Bréfritari: Stefanía Siggeirsdóttir
Viðtakandi: Páll Pálsson
Dagsetning: A-1866-09-24
Skrifað á: Hraungerði  Árn.
Stefanía var bróðurdóttir Páls Pálssonar

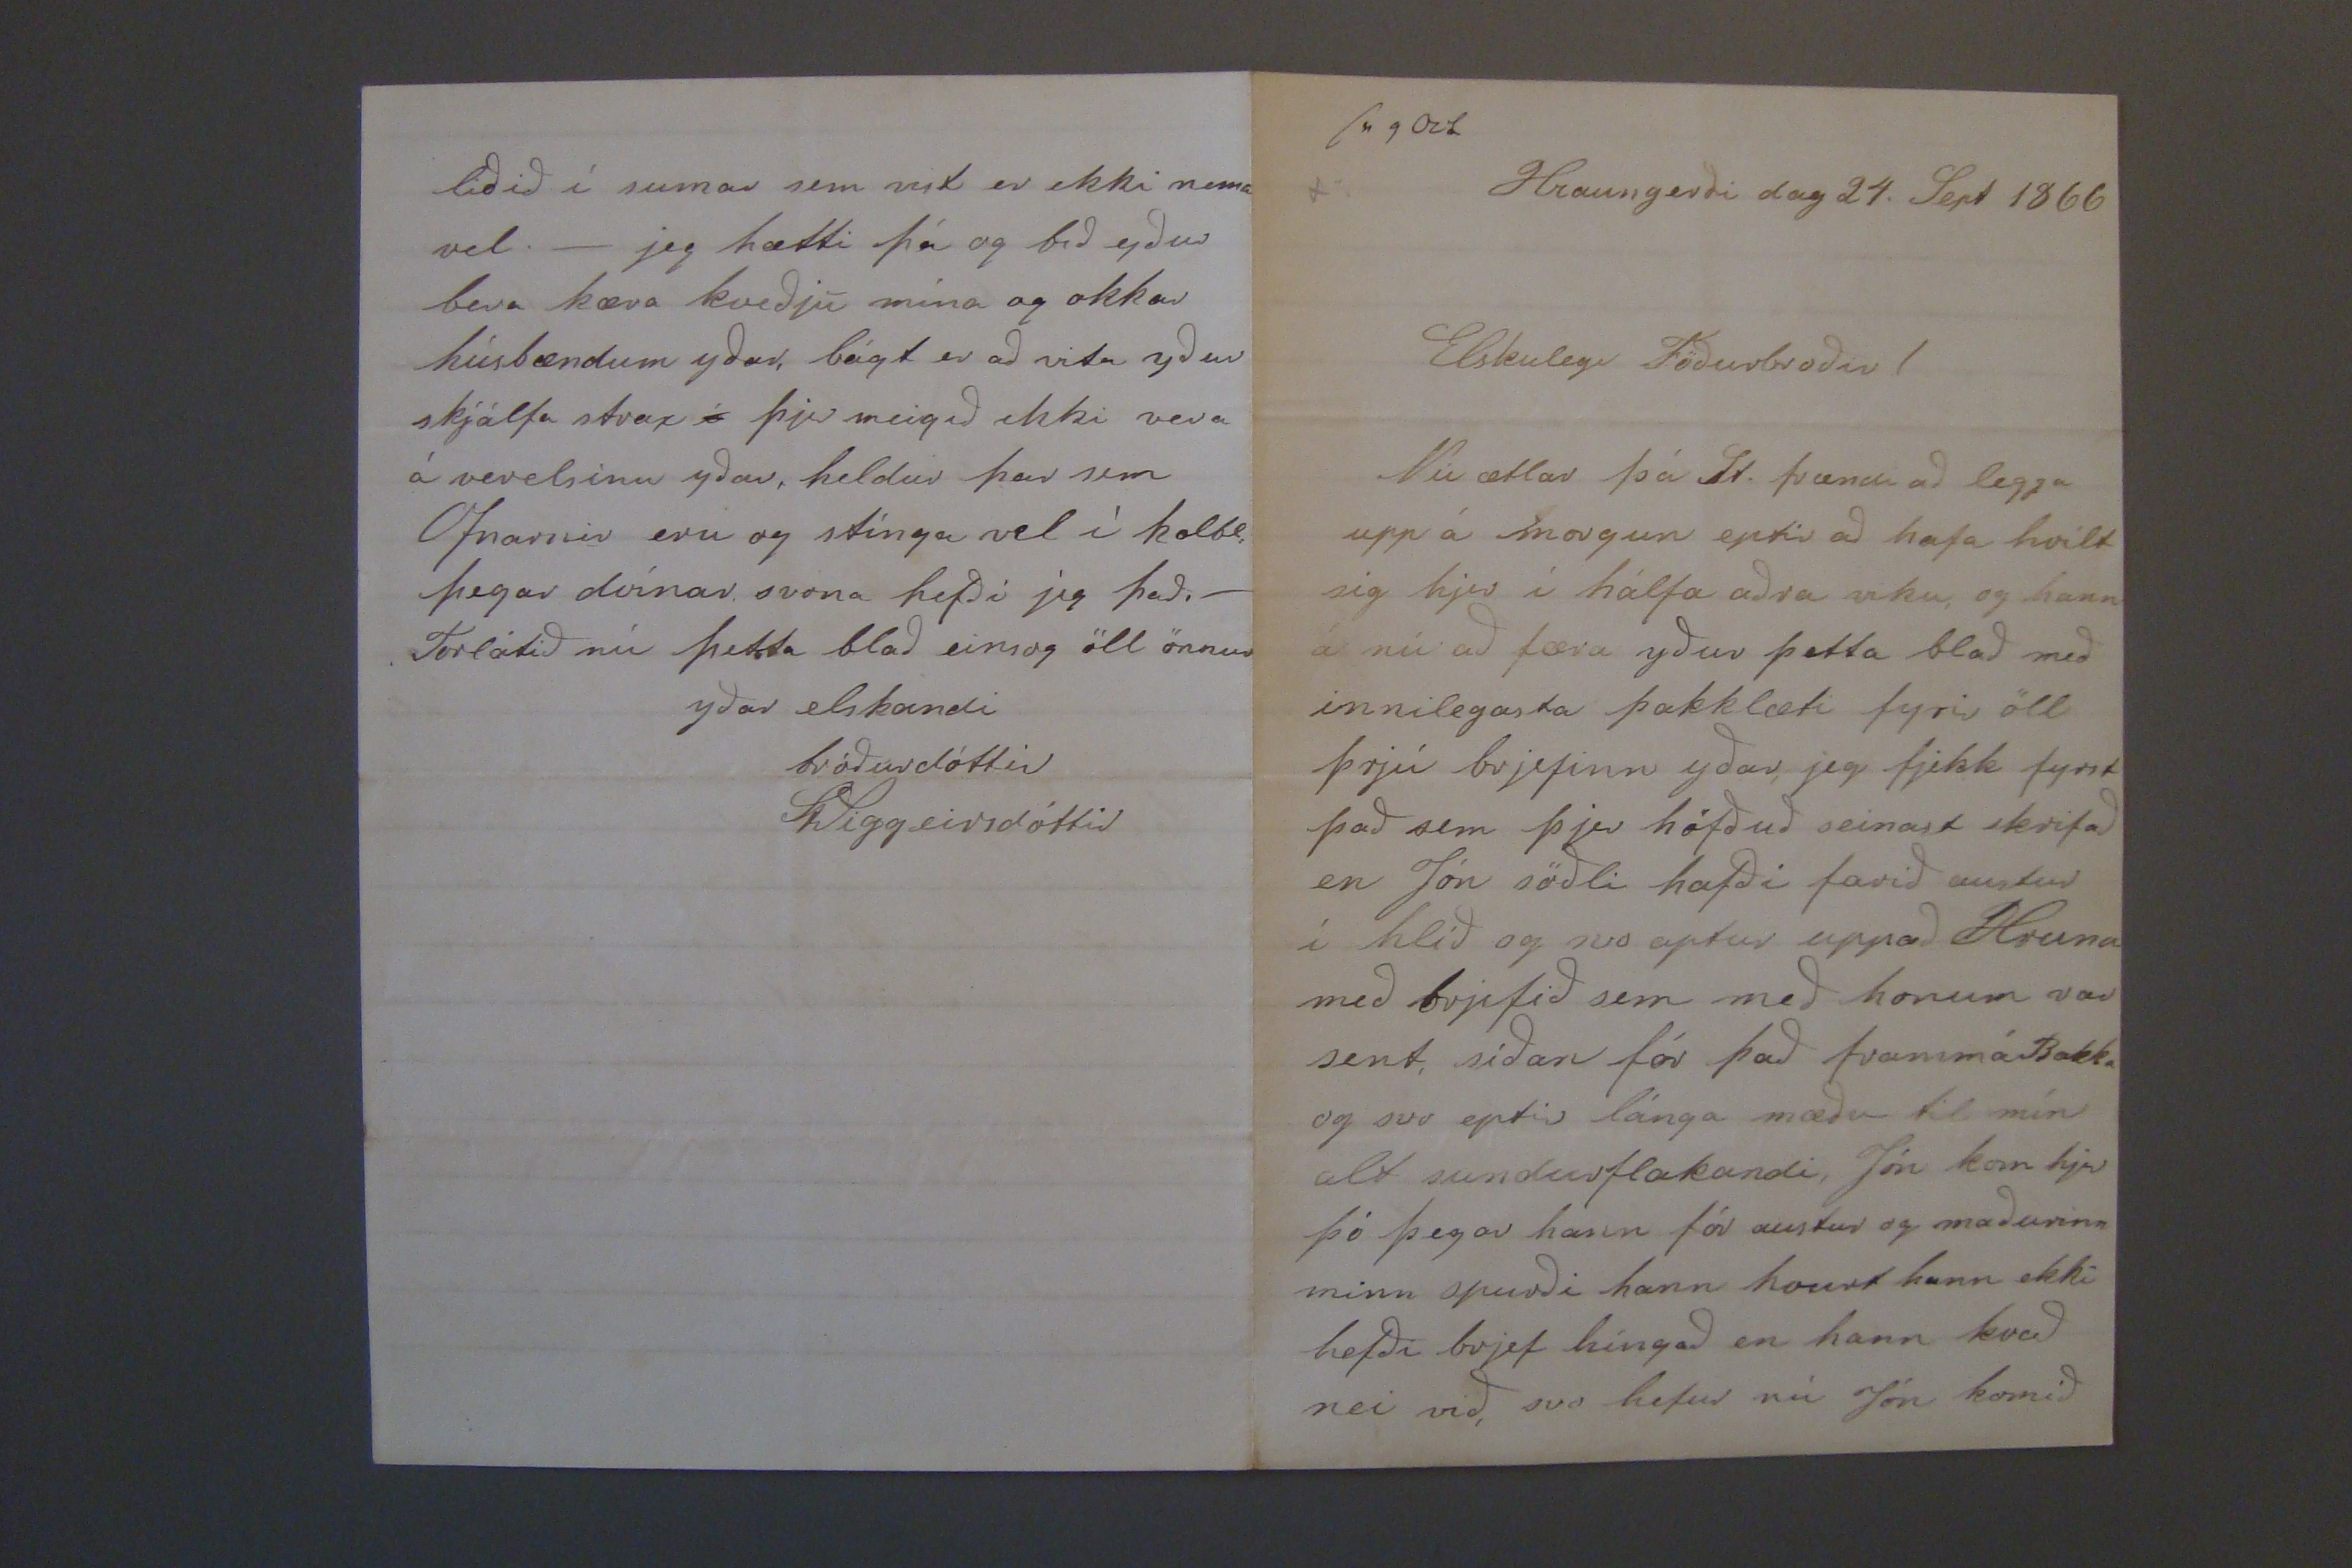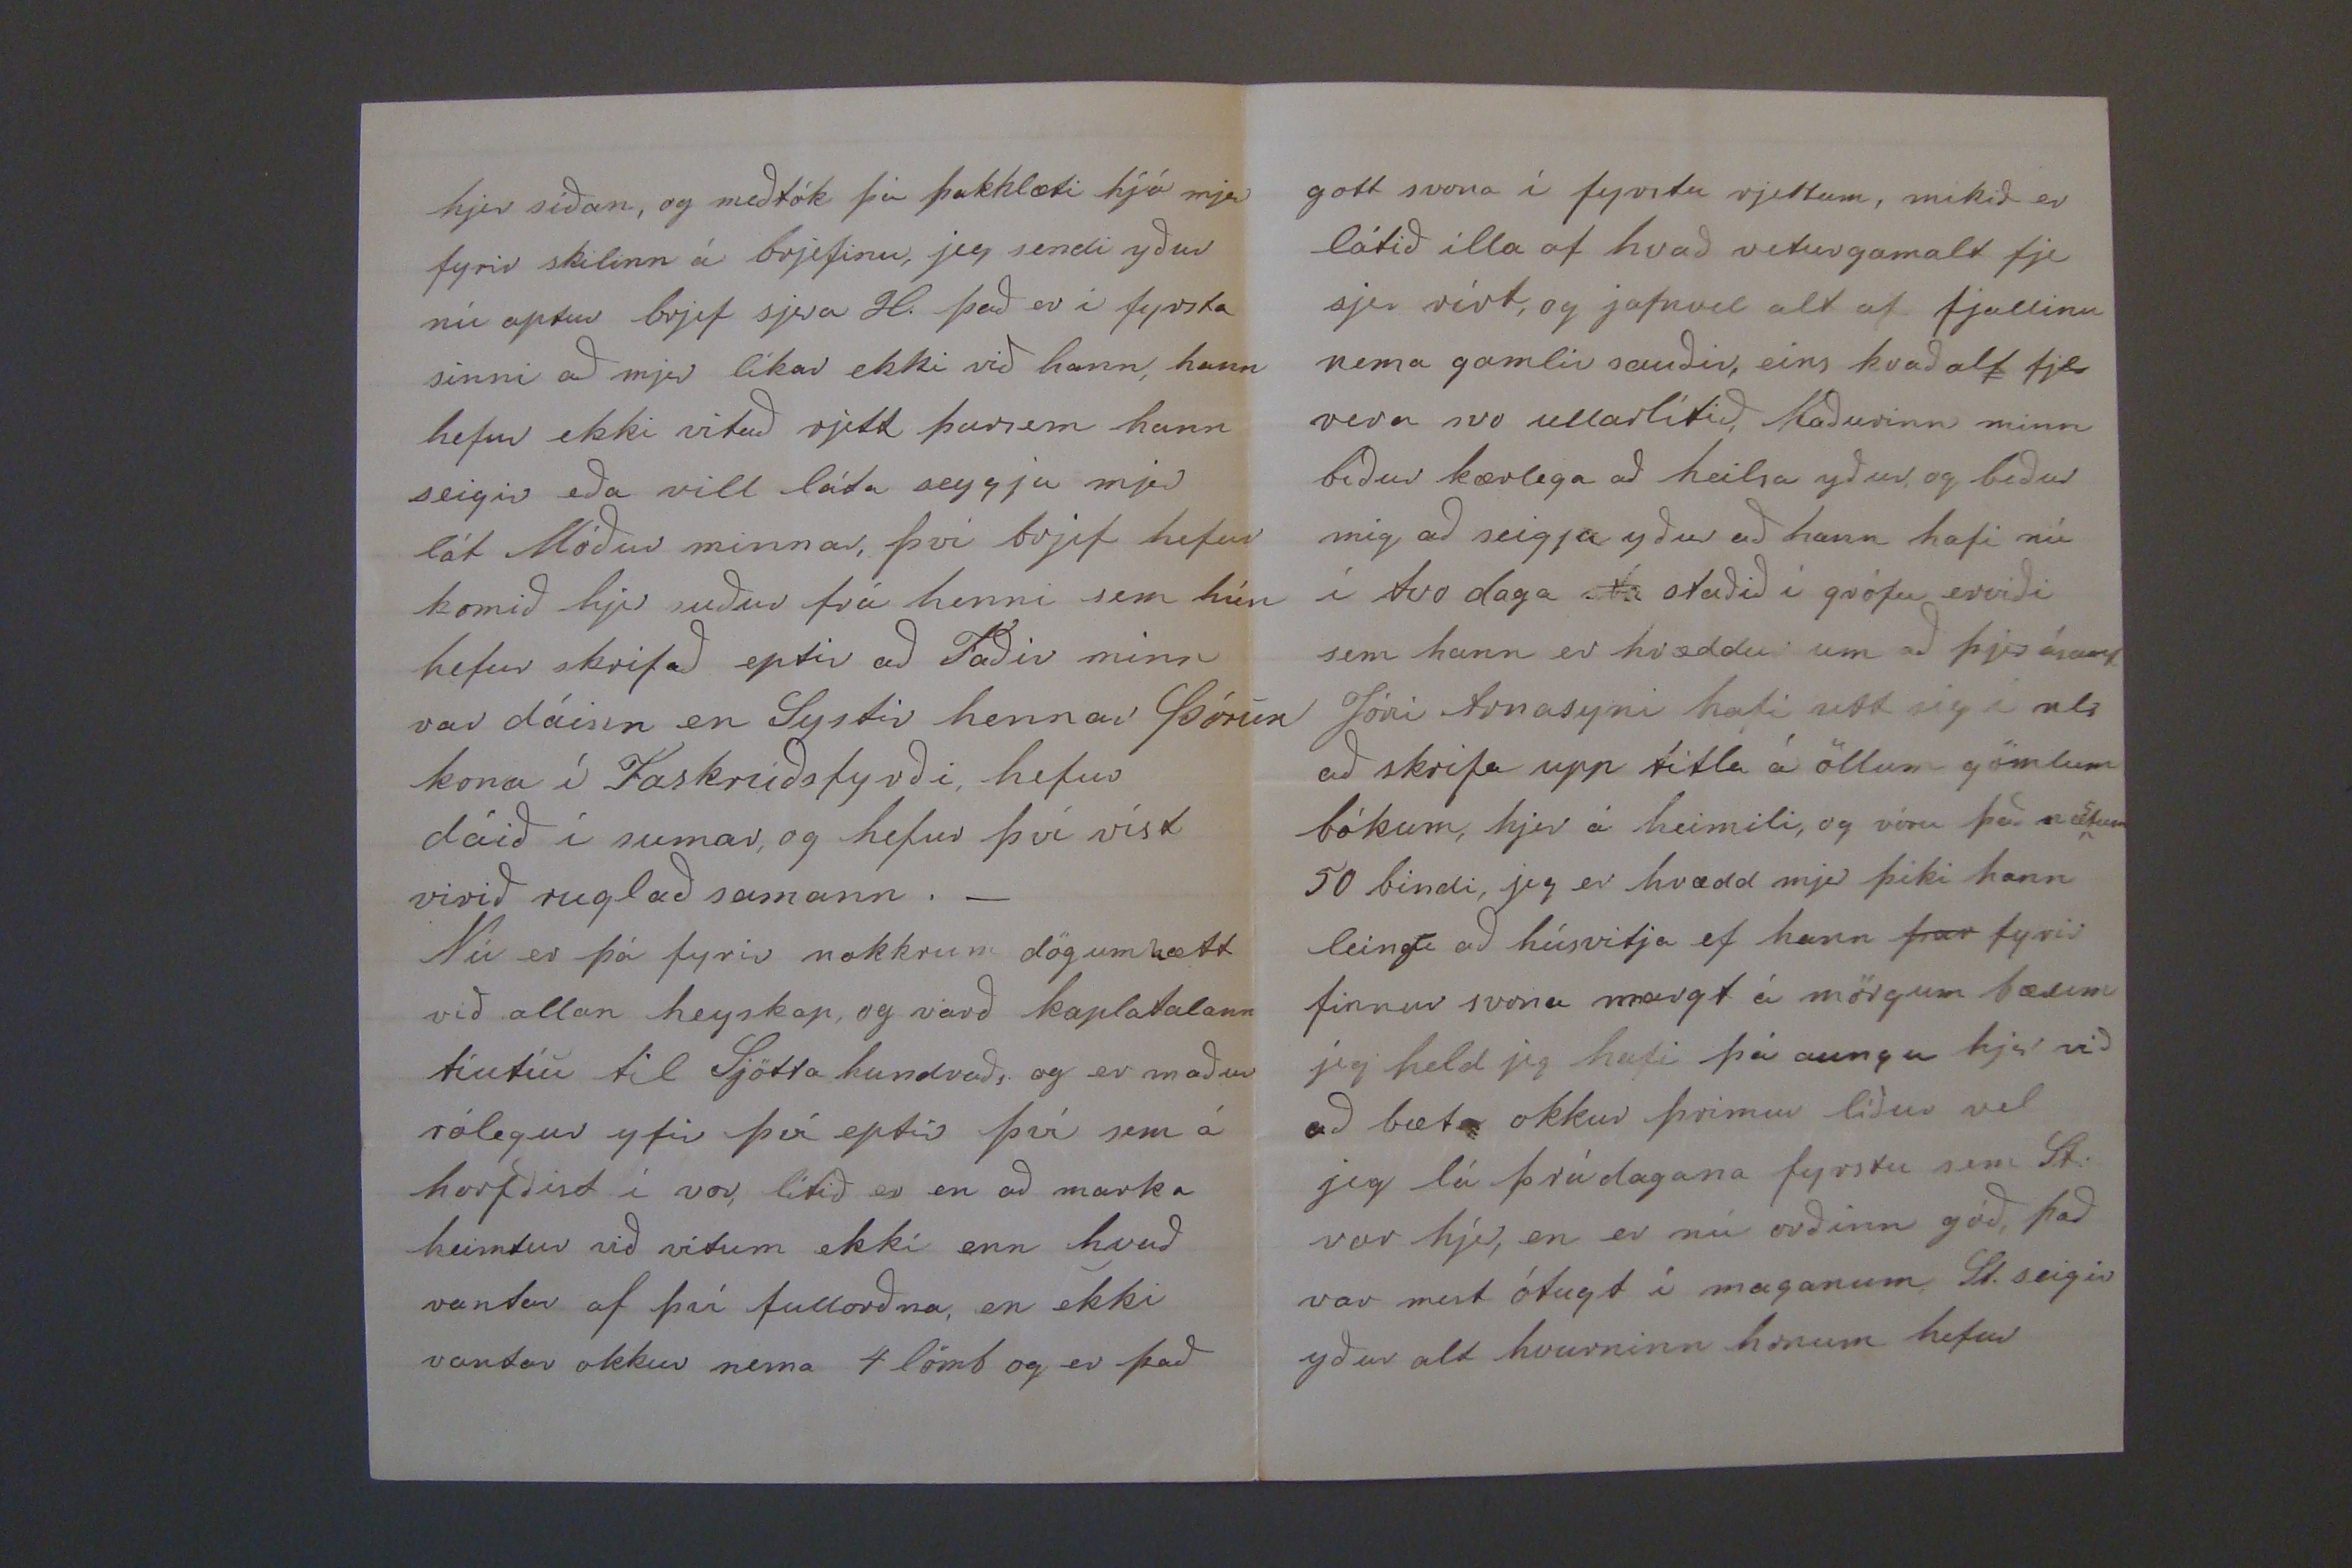

sv 9 Oct Hraungerði dag 24. Sept 1866
Elskulegi Föðurbroðir!
Nú ætlar þá St. frændi að legga upp á morgun eptir að hafa hvílt sig hjer í hálfa aðra viku, og hann á nú að færa yður þetta blað með innilegasta þakklæti fyrir öll þrjú brjefinn yðar, jeg fjekk fyrst það sem þjer höfðuð seinast skrifað en Jón söðli hafði farið austur í hlíð og svo aptur uppað Hruna með brjefið sem með honum var sent, síðan fór það framm á Bakka og svo eptir lánga mæðu til mín alt sundurflakandi, Jón kom hjer þó þegar hann fór austur og maðurinn minn spurði hann hvurt hann ekki hefði brjef híngað en hann kvað nei við, svo hefur nú Jón komið
hjer síðan, og meðtók þá þakklæti hjá mjer fyrir skilinn á brjefinu, jeg sendi yður nú aptur brjef sjera H. það er í fyrsta sinni að mjer líkar ekki við hann, hann hefur ekki vitað rjett þarsem hann seigir eða vill láta seygja mjer lát Móður minnar, því brjef hefur komið hjer suður frá henni sem hún hefur skrifað eptir að Faðir minn var dáinn en Systir hennar Þórun kona í Faskrúðsfyrði, hefur dáið í sumar, og hefur því víst virið ruglað samann._ Nú er þá fyrir nokkrum dögum hætt við allan heyskap, og varð kaplatalann tíutíu til Sjötta hundraðs og er maður rólegur yfir því eptir því sem á horfðist í vor, lítið er en að marka heimtur við vitum ekki enn hvað vantar af því fullorðna, en ekki vantar okkur nema 4 lömb og er það
gott svona í fyrstu rjettum, mikið er látið illa af hvað veturgamalt fje
sje
rírt, og jafnvel alt af fjallinu nema gamlir sauðir, eins kvað alt fje vera svo ullarlítið, Maðurinn minn biður kærlega að heilsa yður og biður mig að seigja yður að hann hafi nú í tvo daga
Nú
staðið í grófu erviði sem hann er hræddur um að þjer ásamt Jóni Arnasyni hafi
eitt sig í als
að skrifa upp titla á öllum gömlum bókum, hjer á heimili, og vóru það næstum 50 bindi, jeg er hrædd mjer þiki hann leingi að húsvitja ef hann
þar
fyrir finnur svona margt á mörgum bæum jeg held jeg hafi þá aungu hjer við að bæta okkur þrimur líður vel jeg lá þrá dagana fyrstu sem St: var hjer, en er nú orðinn góð, það var mest ótugt í maganum St. seigir yður alt hvurninn honum hefur
liðið í sumar sem veit er ekki nema vel._ jeg hætti þá og bið yður bera kæra kveðju mína og okkar húsbændum yðar, bágt er að vita yður skjálfa strax
í
þjer meigið ekki vera á verelsinu yðar, heldur þar sem Ofnarnir eru og stínga vel í kolbl: þegar dvínar svona hefði jeg það._ Forlátið nú þetta blað einsog öll önnur
yðar elskandi bróðurdóttir
St Siggeirsdóttir